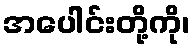
အပေါင်းတို့ကို၊